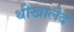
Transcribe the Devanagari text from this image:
थीखालेद